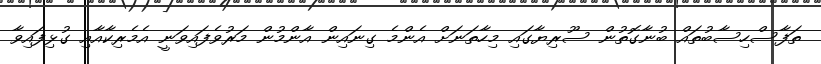
ތަފާސްހިސާބުތައް ބުނާގޮތުން ސޫރިޔާގައި މިހާތަނަށް އެންމެ ގިނައިން އާންމުން މަރުވެފައިވަނީ އެމެރިކާއާއި ގުޅިފައިވާ